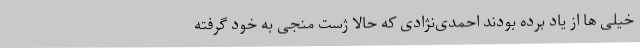
خیلی ها از یاد برده بودند احمدی‌نژادی که حالا ژست منجی به خود گرفته